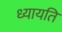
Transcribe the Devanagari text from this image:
ध्यायति